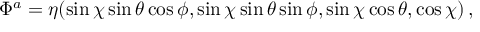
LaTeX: \Phi ^ { a } = \eta ( \sin \chi \sin \theta \cos \phi , \sin \chi \sin \theta \sin \phi , \sin \chi \cos \theta , \cos \chi ) \, ,